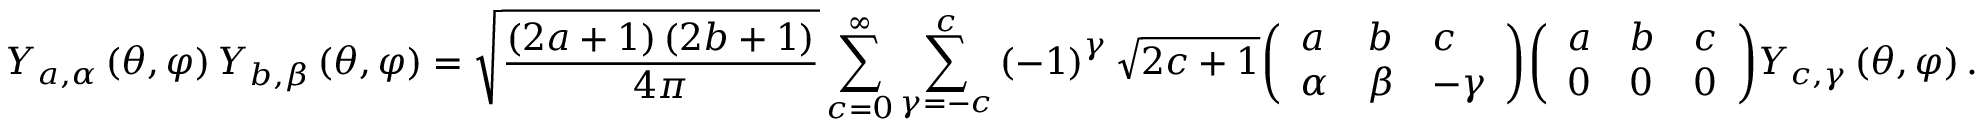
Y _ { a , \alpha } \left( \theta , \varphi \right) Y _ { b , \beta } \left( \theta , \varphi \right) = { \sqrt { \frac { \left( 2 a + 1 \right) \left( 2 b + 1 \right) } { 4 \pi } } } \sum _ { c = 0 } ^ { \infty } \sum _ { \gamma = - c } ^ { c } \left( - 1 \right) ^ { \gamma } { \sqrt { 2 c + 1 } } { \left( \begin{array} { l l l } { a } & { b } & { c } \\ { \alpha } & { \beta } & { - \gamma } \end{array} \right) } { \left( \begin{array} { l l l } { a } & { b } & { c } \\ { 0 } & { 0 } & { 0 } \end{array} \right) } Y _ { c , \gamma } \left( \theta , \varphi \right) .